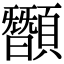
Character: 䫬